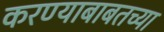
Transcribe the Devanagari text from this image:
करण्याबाबतच्या